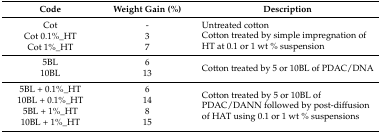
<table><thead><tr><td><b>Code</b></td><td><b>Weight Gain (%)</b></td><td><b>Description</b></td></tr></thead><tbody><tr><td>Cot</td><td>-</td><td>Untreated cotton</td></tr><tr><td>Cot 0.1%_HT</td><td>3</td><td rowspan="2">Cotton treated by simple impregnation of HT at 0.1 or 1 wt % suspension</td></tr><tr><td>Cot 1%_HT</td><td>7</td></tr><tr><td>5BL </td><td>6</td><td rowspan="2">Cotton treated by 5 or 10BL of PDAC/DNA</td></tr><tr><td>10BL</td><td>13</td></tr><tr><td>5BL + 0.1%_HT</td><td>6</td><td rowspan="4">Cotton treated by 5 or 10BL of PDAC/DANN followed by post-diffusion of HAT using 0.1 or 1 wt % suspensions</td></tr><tr><td>10BL + 0.1%_HT</td><td>14</td></tr><tr><td>5BL + 1%_HT</td><td>8</td></tr><tr><td>10BL + 1%_HT</td><td>15</td></tr></tbody></table>